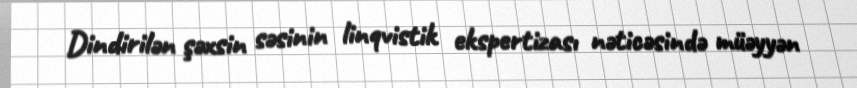
Dindirilən şəxsin səsinin linqvistik ekspertizası nəticəsində müəyyən